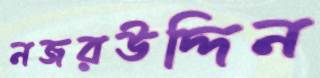
নজরউদ্দিন